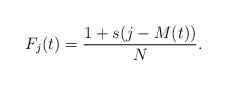
LaTeX: \begin{align*}F_j(t) = \frac{1 + s(j - M(t))}{N}.\end{align*}